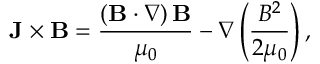
\mathbf { J } \times \mathbf { B } = { \frac { \left( \mathbf { B } \cdot \nabla \right) \mathbf { B } } { \mu _ { 0 } } } - \nabla \left( { \frac { B ^ { 2 } } { 2 \mu _ { 0 } } } \right) ,